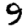
Digit: 9